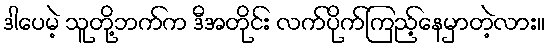
ဒါပေမဲ့ သူတို့ဘက်က ဒီအတိုင်း လက်ပိုက်ကြည့်နေမှာတဲ့လား။